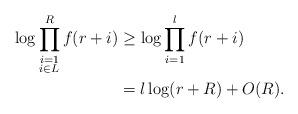
LaTeX: \begin{align*}\log \prod_{\substack{i=1\\i\in L}}^{R}f(r+i)&\geq \log \prod_{i=1}^{l}f(r+i)\\&=l\log (r+R) +O(R). \end{align*}